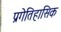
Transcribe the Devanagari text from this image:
प्रगेतिहासिक